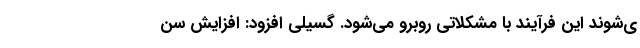
ی‌شوند این فرآیند با مشکلاتی روبرو می‌شود. گسیلی افزود: افزایش سن